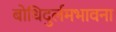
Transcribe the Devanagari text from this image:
बोधिदुर्लमभावना